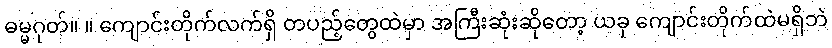
ဓမ္မဂုတ်။ ။ ကျောင်းတိုက်လက်ရှိ တပည့်တွေထဲမှာ အကြီးဆုံးဆိုတော့ ယခု ကျောင်းတိုက်ထဲမရှိဘဲ